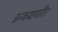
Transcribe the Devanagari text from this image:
इन्कवायरिर